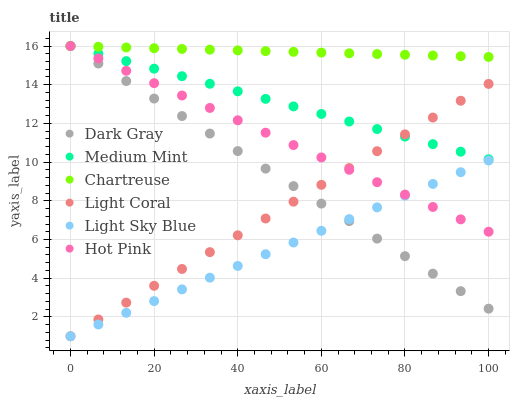
| xaxis_label | Dark Gray | Medium Mint | Chartreuse | Light Coral | Light Sky Blue | Hot Pink |
 | --- | --- | --- | --- | --- | --- | --- |
 | 0 | 16 | 16 | 16 | 1 | 1 | 16 |
 | 6.67 | 15.1 | 15.6 | 16 | 1.87 | 1.61 | 15.4 |
 | 13.3 | 14.2 | 15.2 | 15.9 | 2.74 | 2.21 | 14.7 |
 | 20 | 13.3 | 14.8 | 15.9 | 3.61 | 2.82 | 14.1 |
 | 26.7 | 12.4 | 14.4 | 15.8 | 4.48 | 3.42 | 13.4 |
 | 33.3 | 11.5 | 14 | 15.8 | 5.35 | 4.03 | 12.8 |
 | 40 | 10.6 | 13.7 | 15.8 | 6.22 | 4.63 | 12.2 |
 | 46.7 | 9.67 | 13.3 | 15.7 | 7.09 | 5.24 | 11.5 |
 | 53.3 | 8.76 | 12.9 | 15.7 | 7.96 | 5.84 | 10.9 |
 | 60 | 7.86 | 12.5 | 15.7 | 8.82 | 6.45 | 10.2 |
 | 66.7 | 6.95 | 12.1 | 15.6 | 9.69 | 7.06 | 9.6 |
 | 73.3 | 6.05 | 11.7 | 15.6 | 10.6 | 7.66 | 8.96 |
 | 80 | 5.14 | 11.3 | 15.5 | 11.4 | 8.27 | 8.32 |
 | 86.7 | 4.24 | 10.9 | 15.5 | 12.3 | 8.87 | 7.68 |
 | 93.3 | 3.33 | 10.5 | 15.5 | 13.2 | 9.48 | 7.04 |
 | 100 | 2.43 | 10.1 | 15.4 | 14 | 10.1 | 6.4 |